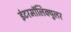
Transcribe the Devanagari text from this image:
इंटरमॉलिक्युलर